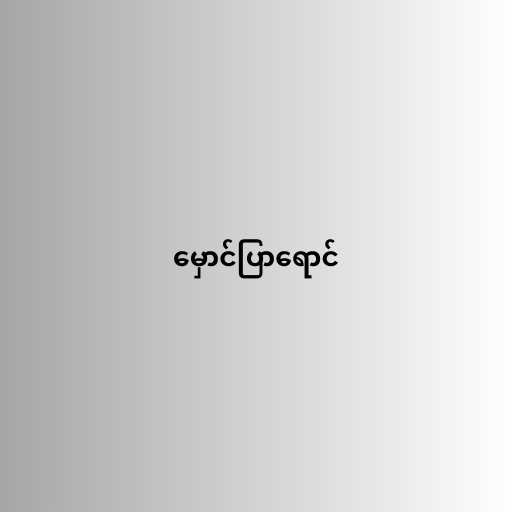
မှောင်ပြာရောင်